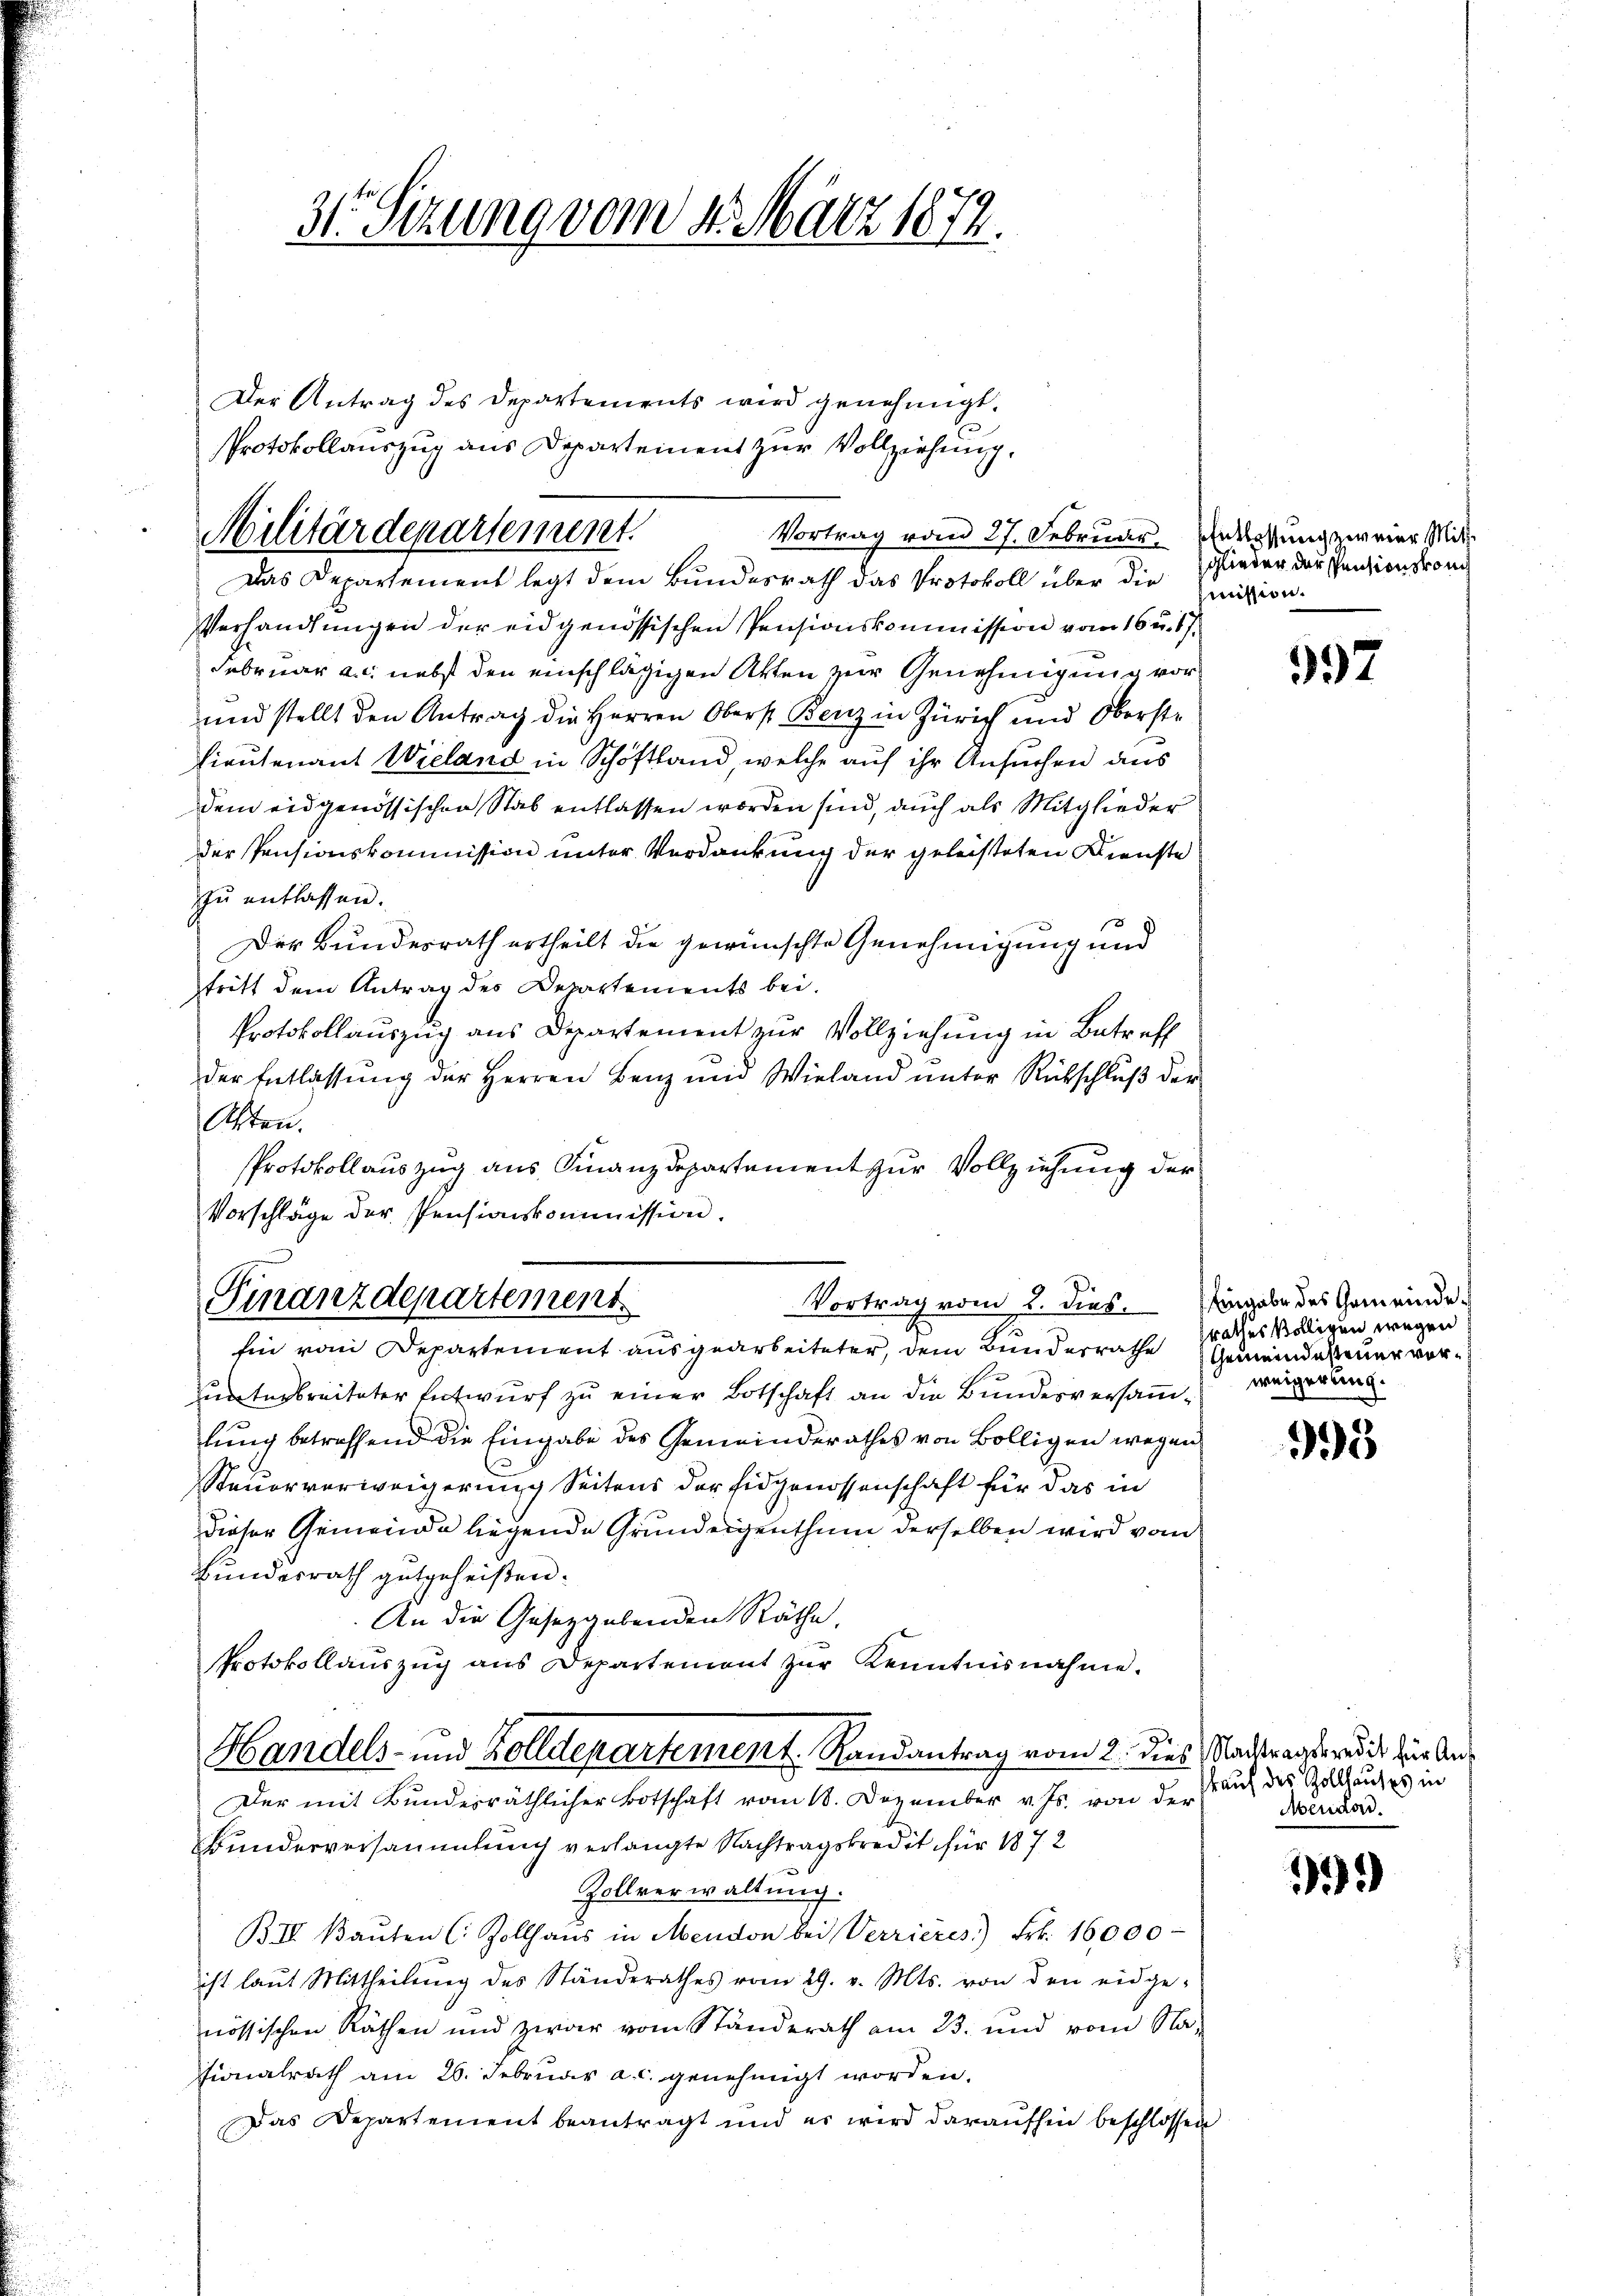
31. Sezung vom 4. März 1874.

Der Antrag des Departements wird genehmigt.
Protokollauszug aus Departement zur Vollziehung,

Vortrag vom 27. Februar. Entlassung zweier Mitt
Verhandlungen der eidgenössischen Pensionskommission vom 16. u. 17.
Februar a.c. nebst den einschlägigen Akten zur Genehmigung vor¬
und stellt den Antrag die Herren Oberst Benz in Zürich und Oberste
Lieutenant Wieland in Schöftland, welche auf ihr Ansuchen aus
dem eidgenössischen Stab entlassen worden sind, auch als Mitglieder
der Pensionskommission unter Verdankung der geleisteten Dienste
zu entlassen.
s
Der Bundesrath ertheilt die gewünschte Genehmigung und
tritt dem Antrag des Departements bei.
Protokollauszug aus Departement zur Vollziehung in Betreff
der Entlassung der Herren Benz und Wieland unter Rückschluß der
Akten.
Protokollauszug aus Finanzdepartement zur Vollziehung der
Vorschläge der Pensionskommission.

Militärdepartement.
Das Departement legt dem Bundesrath das Protokoll über die Quision.

Vortrag vom 2. dies. Eingabe des Gemeinde
Finanzdepartement

Ein vom Departement ausgearbeiteter, dem Bunderrathe proches Villigen wegen
unterbreiteter Entwurf zu einer Botschaft an die Bundesversammlung betreffend die Eingabe des Gemeinderathes von Bölligen wegen
Steuerverweigerung Seitens der Eidgenossenschaft für das in
dieser Gemeinde liegende Grundeigenthum derselben wird vom
Bundesrath gutgeheißen.
An die Gesetzgebenden Räthe.
Protokollaŭszŭg ans Departement zŭr Kenntnisnahme.
Der mit Bundesräthlicher Botschaft vom 18. Dezember v. Js. von der
Bundesversammlung verlangte Nachtragskredit für 1872
Zollverwaltung.
BIII. Baŭten C. Zollhaus in Mendon bei Verrieres.) Frk. 16,000
ist laut Mittheilung des Ständerathes vom 29. v. Mts. von den eidge-
nössischen Räthen und zwar vom Standerath am 23. und vom Nafionalrath am 26. Februar a. c. genehmigt worden.
Das Departement beantragt und es wird daraufhin beschlossen

Handels- und Zolldepartement Randantrag vom 2. dies Nachtragseredit zur An¬

glieder der Pensionskonc

997

Gemeindesteuer vorweigerung.

995

kauf des Zollhauses in
Mendord.

)